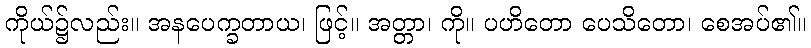
ကိုယ်၌လည်း။ အနပေက္ခတာယ၊ ဖြင့်။ အတ္တာ၊ ကို။ ပဟိတော ပေသိတော၊ စေအပ်၏။